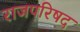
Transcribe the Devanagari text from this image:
राजपरिषद